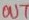
Text: OUT